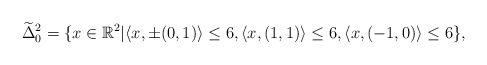
\begin{align*} \widetilde{\Delta}^2_0 =\{x\in\mathbb{R}^2|&\langle x,\pm(0,1)\rangle\leq6,\langle x,(1,1)\rangle\leq6,\langle x,(-1,0)\rangle\leq6 \},\end{align*}